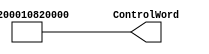
module ControlUnitIF(ControlWord);

output [46:0] ControlWord;

assign ControlWord = {2'b01,3'b000,3'b000,3'b000,5'b00000,1'b0,1'b0,1'b1,1'b0,1'b0,2'b00,1'b1,1'b0,1'b0,1'b0,1'b0,1'b0,1'b1,16'b0,1'b0};

//assign ControlWord = {2'b00,3'bxxx,3'bxxx,3'bxxx,5'bxxxxx,1'b0,1'b0,1'b1,1'b0,1'b1,2'b10,1'b0,1'b0,1'b0,1'b1,1'b0,1'b0,1'b0,16'd12,1'b0};


//This is JUMP to test if this BULLSHIT
//assign ControlWord = {2'b00,3'd4,3'bxxx,3'bxxx,5'bxxxxx,1'b0,1'bx,1'b1,1'bx,1'b0,2'b10,1'b0,1'b1,1'bx,1'b1,1'b0,1'b0,1'b1,16'bx,1'b0};

endmodule

module Mux4to148bit(F, S, I0, I1, I2, I3);
	parameter N = 47;
	input [N-1:0]I0, I1, I2, I3;
	input [1:0]S;
	output [N-1:0]F;
	
	assign F = S[1] ? (S[0] ? I3 : I2) : (S[0] ? I1 : I0);
	
endmodule